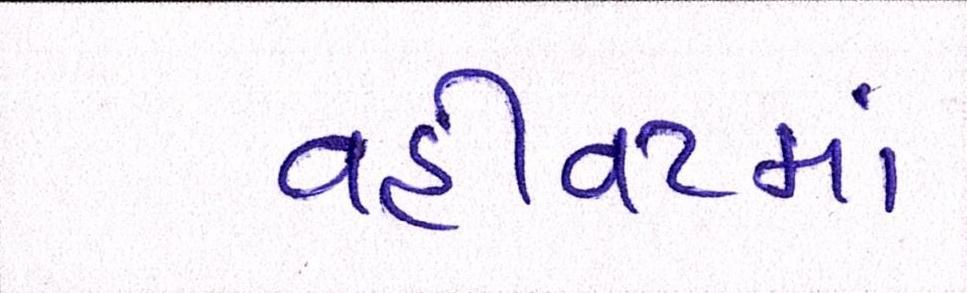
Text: વહીવટમાં